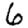
Digit: 6